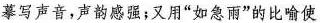
摹写声音，声韵感强；又用”如急雨”的比喻使